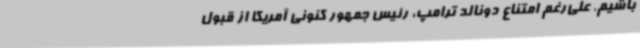
باشیم. علی‌رغم امتناع دونالد ترامپ، رئیس جمهور کنونی آمریکا از قبول